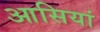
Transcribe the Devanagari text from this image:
आसियां